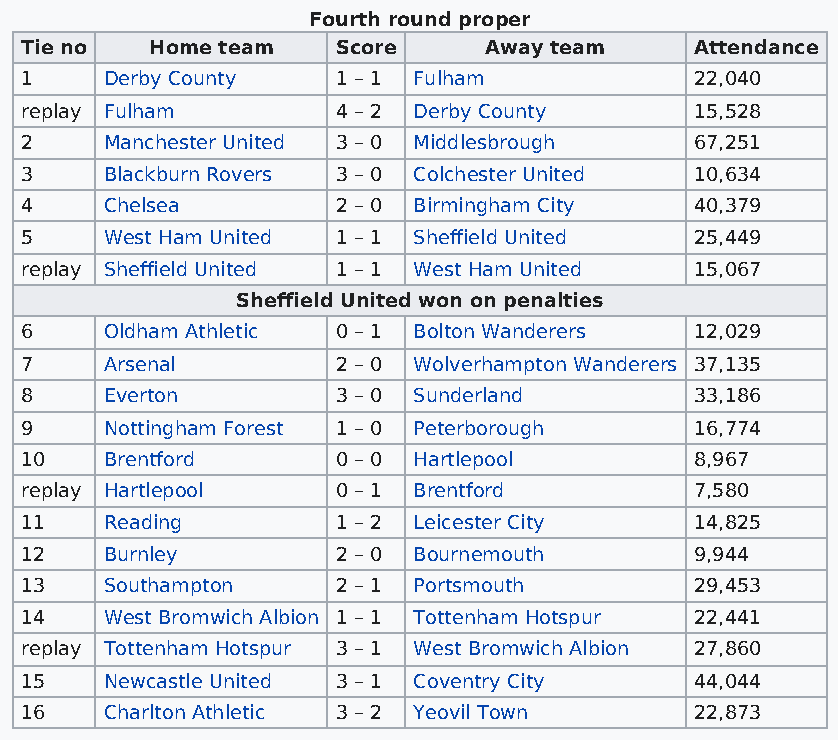
Fourth round proper
 Tie no   Home team   Score     Away team     Attendance
 1     Derby County   1 – 1 Fulham            22,040
 replay Fulham        4 – 2 Derby County      15,528
 2     Manchester United 3 – 0 Middlesbrough  67,251
 3     Blackburn Rovers 3 – 0 Colchester United 10,634
 4     Chelsea        2 – 0 Birmingham City   40,379
 5     West Ham United 1 – 1 Sheffield United 25,449
 replay Sheffield United 1 – 1 West Ham United 15,067
 Sheffield United won on penalties
 6     Oldham Athletic 0 – 1 Bolton Wanderers 12,029
 7     Arsenal        2 – 0 Wolverhampton Wanderers 37,135
 8     Everton        3 – 0 Sunderland        33,186
 9     Nottingham Forest 1 – 0 Peterborough   16,774
 10    Brentford      0 – 0 Hartlepool        8,967
 replay Hartlepool    0 – 1 Brentford         7,580
 11    Reading        1 – 2 Leicester City    14,825
 12    Burnley        2 – 0 Bournemouth       9,944
 13    Southampton    2 – 1 Portsmouth        29,453
 14    West Bromwich Albion 1 – 1 Tottenham Hotspur 22,441
 replay Tottenham Hotspur 3 – 1 West Bromwich Albion 27,860
 15    Newcastle United 3 – 1 Coventry City   44,044
 16    Charlton Athletic 3 – 2 Yeovil Town    22,873